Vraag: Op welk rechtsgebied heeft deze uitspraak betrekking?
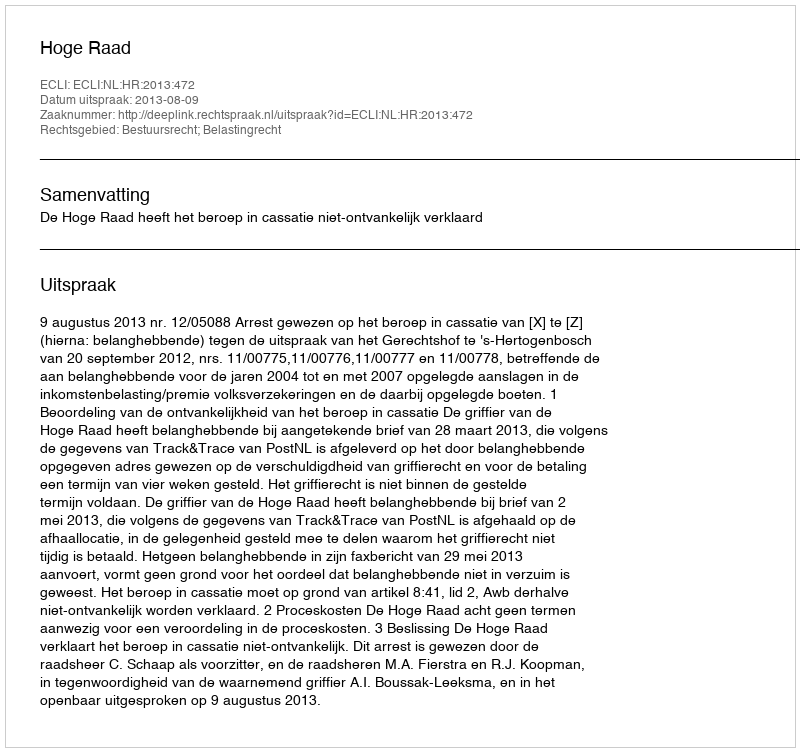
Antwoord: Bestuursrecht; Belastingrecht